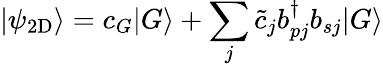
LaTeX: |\psi_{\mathrm{2D}}\rangle=c_{G}|G\rangle+\sum_{j}\tilde{c}_{j}b_{pj}^{\dagger}b_{sj}|G\rangle